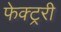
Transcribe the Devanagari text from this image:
फेक्ट्ररी